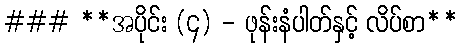
### **အပိုင်း (၄) - ဖုန်းနံပါတ်နှင့် လိပ်စာ**